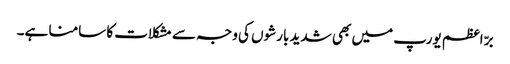
برّ اعظم یورپ میں بھی شدید بارشوں کی وجہ سے مشکلات کا سامنا ہے۔